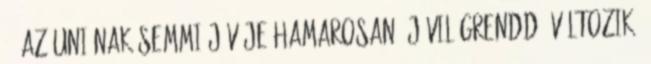
’. Az uniónak semmi jövője hamarosan új világrenddé változik,